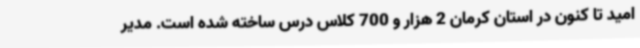
امید تا کنون در استان کرمان 2 هزار و 700 کلاس درس ساخته شده است. مدیر